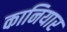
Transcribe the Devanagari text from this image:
कानियार